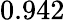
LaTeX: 0.942